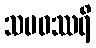
သမဝဿရိ